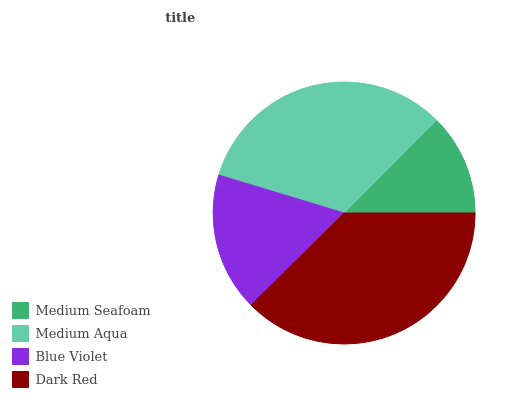
| Medium Seafoam | Medium Aqua | Blue Violet | Dark Red |
 | --- | --- | --- | --- |
 | 12.5% | 32.8% | 17% | 37.6% |